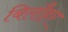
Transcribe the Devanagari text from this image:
बिलौहर